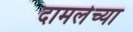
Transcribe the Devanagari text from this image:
दामलेच्या